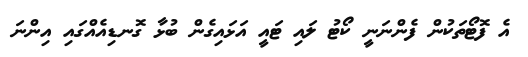
އެ ފޮޓޯތަކުން ފެންނަނީ ކޯޓު ލައި ޓައީ އަޅައިގެން ބުޅާ ގޮނޑިއެއްގައި އިންނަ